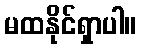
မထနိုင်ရှာပါ။